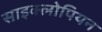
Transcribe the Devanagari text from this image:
साइक्लोपियन